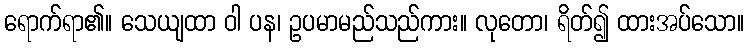
ရောက်ရာ၏။ သေယျထာ ဝါ ပန၊ ဥပမာမည်သည်ကား။ လုတော၊ ရိတ်၍ ထားအပ်သော။